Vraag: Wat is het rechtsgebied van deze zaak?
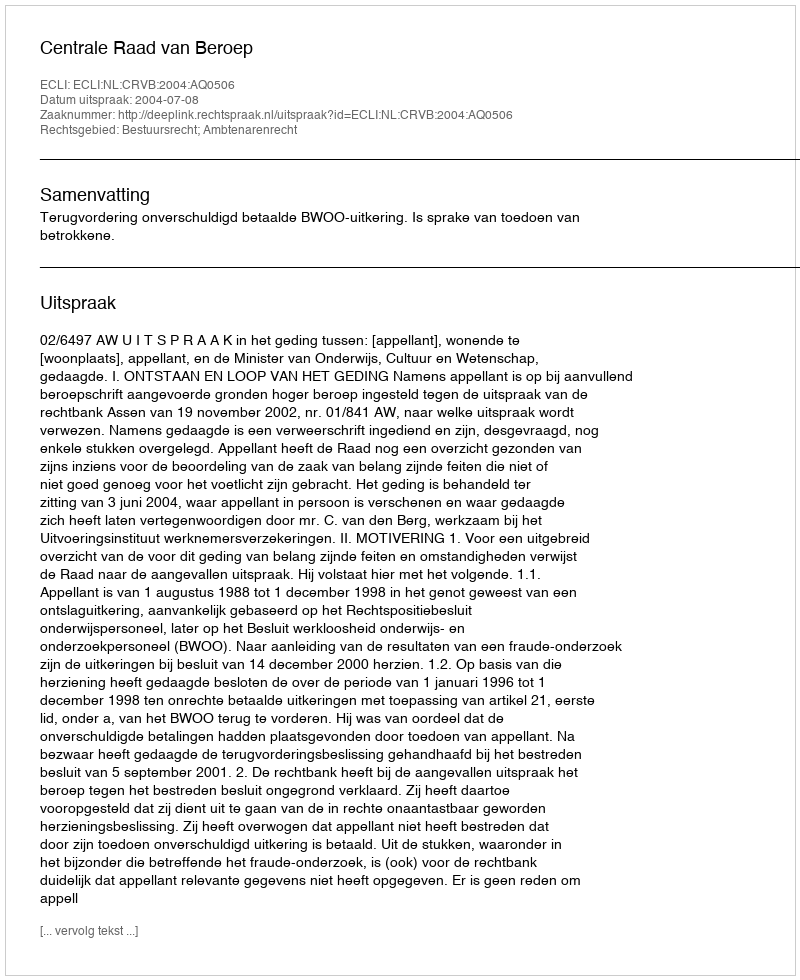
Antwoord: Bestuursrecht; Ambtenarenrecht